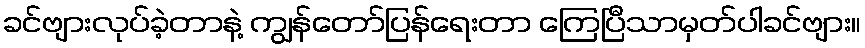
ခင်ဗျားလုပ်ခဲ့တာနဲ့ ကျွန်တော်ပြန်ရေးတာ ကြေပြီသာမှတ်ပါခင်ဗျား။